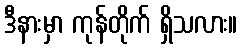
ဒီနားမှာ ကုန်တိုက် ရှိသလား။